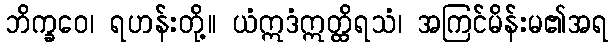
ဘိက္ခဝေ၊ ရဟန်းတို့။ ယံဣဒံဣတ္ထိရသံ၊ အကြင်မိန်းမ၏အရ